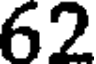
62